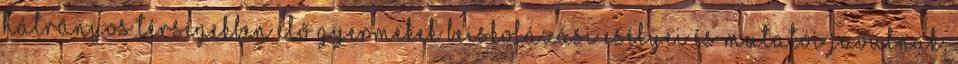
hátrányos térségekben élő gyermekek beiskolázási esélyei és mutatói javulnak,